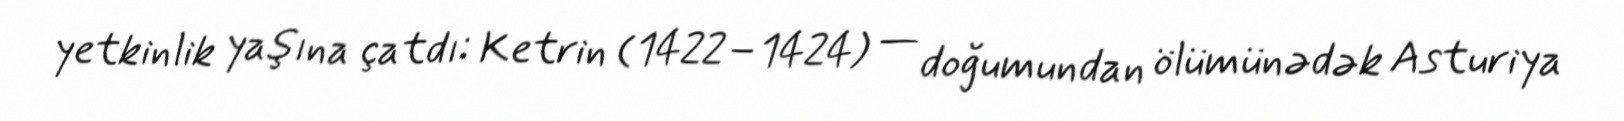
yetkinlik yaşına çatdı: Ketrin (1422–1424) — doğumundan ölümünədək Asturiya